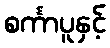
စင်္ကာပူနှင့်